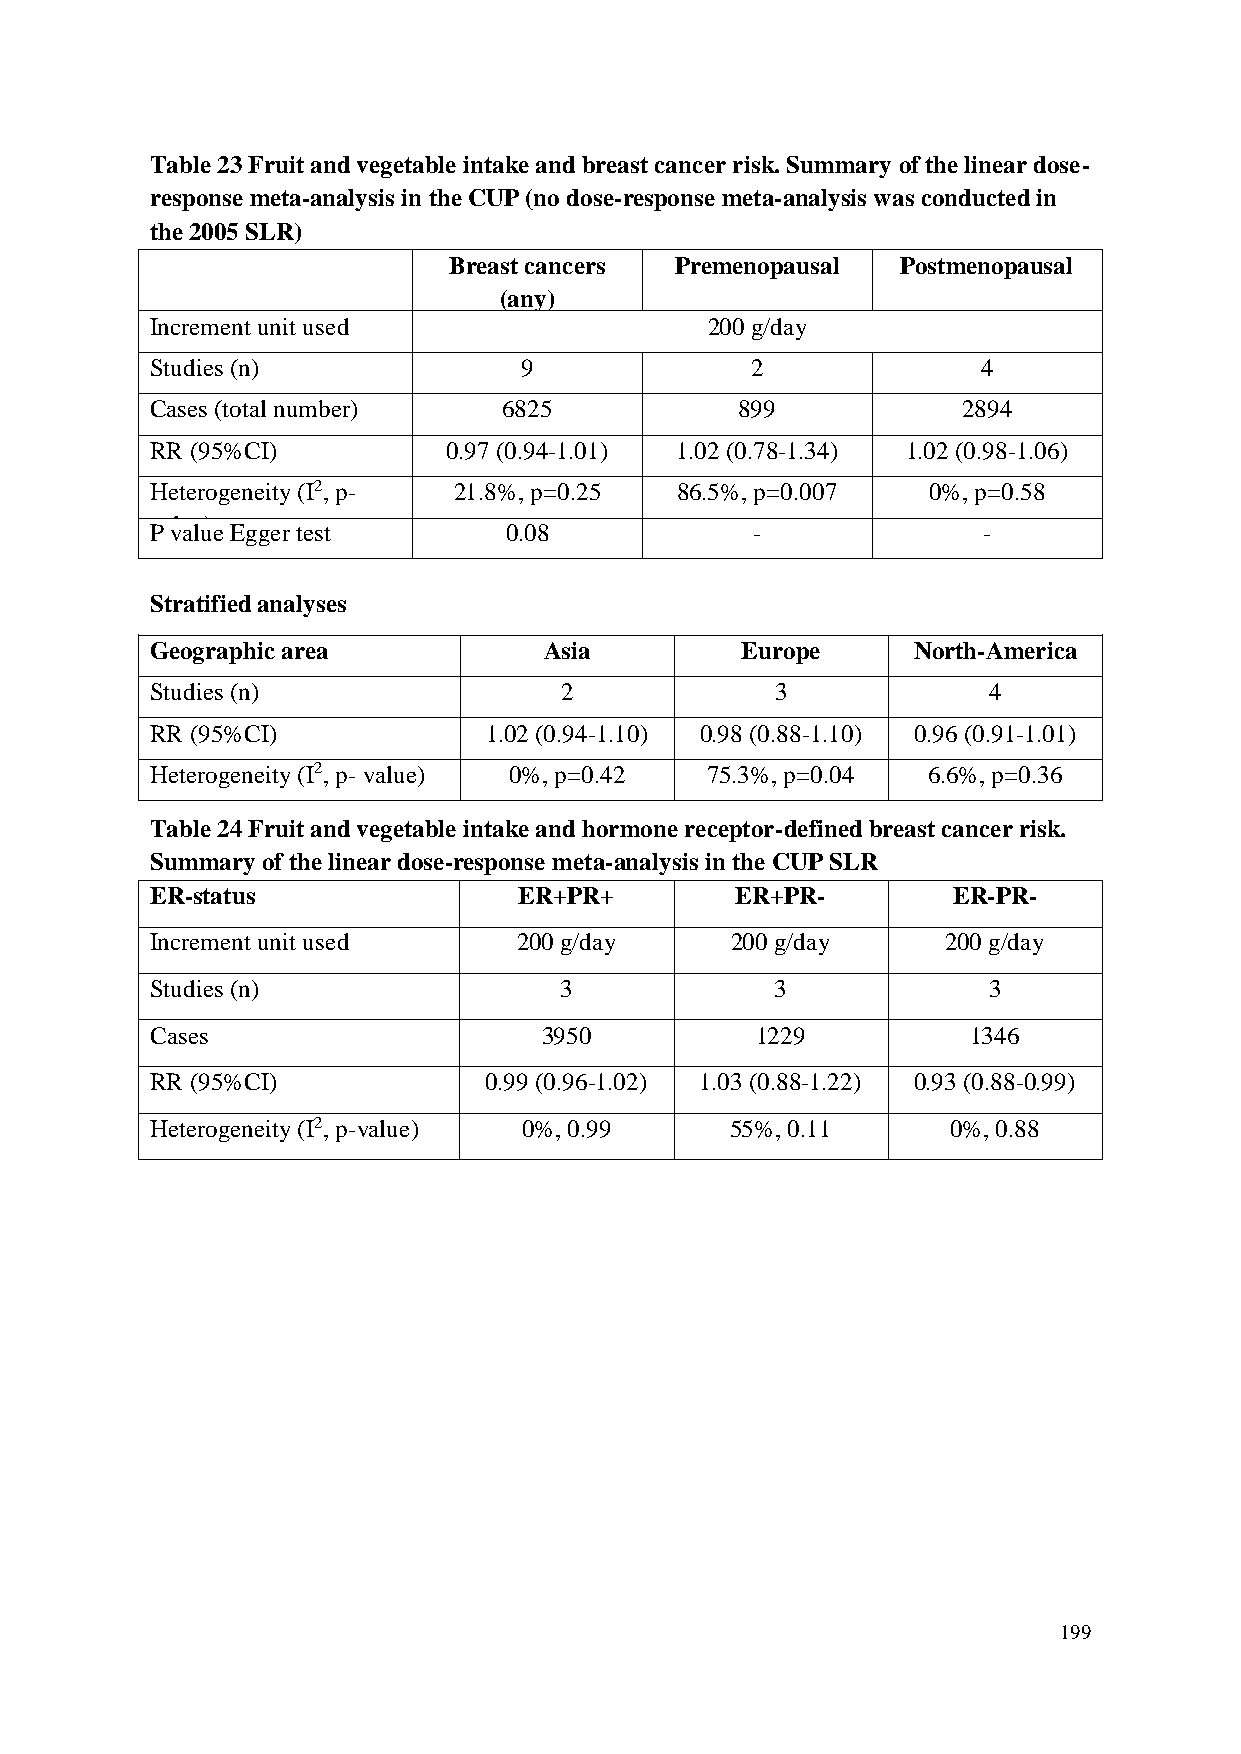
Table 23 Fruit and vegetable intake and breast cancer risk. Summary of the linear dose-
 response meta-analysis in the CUP (no dose-response meta-analysis was conducted in
 the 2005 SLR)
 Breast cancers Premenopausal  Postmenopausal
 (any)
 Increment unit used                  200 g/day
 Studies (n)             9               2              4
 Cases (total number)   6825            899            2894
 RR (95%CI)          0.97 (0.94-1.01) 1.02 (0.78-1.34) 1.02 (0.98-1.06)
 Heterogeneity (I2, p- 21.8%, p=0.25 86.5%, p=0.007 0%, p=0.58
 value)
 P value Egger test     0.08             -              -
 Stratified analyses
 Geographic area           Asia         Europe     North-America
 Studies (n)                2             3             4
 RR (95%CI)            1.02 (0.94-1.10) 0.98 (0.88-1.10) 0.96 (0.91-1.01)
 Heterogeneity (I2, p- value) 0%, p=0.42 75.3%, p=0.04 6.6%, p=0.36
 Table 24 Fruit and vegetable intake and hormone receptor-defined breast cancer risk.
 Summary of the linear dose-response meta-analysis in the CUP SLR
 ER-status               ER+PR+         ER+PR-        ER-PR-
 Increment unit used     200 g/day     200 g/day      200 g/day
 Studies (n)                3             3             3
 Cases                     3950          1229          1346
 RR (95%CI)            0.99 (0.96-1.02) 1.03 (0.88-1.22) 0.93 (0.88-0.99)
 Heterogeneity (I2, p-value) 0%, 0.99  55%, 0.11      0%, 0.88
 199